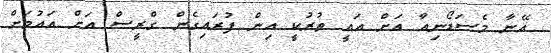
އޭނާ މެސަޑޯނިއާ އަށް އައީ ތުރުކީ އިން ފުރައިގެން ގްރީސް އަށް އައުމަށް